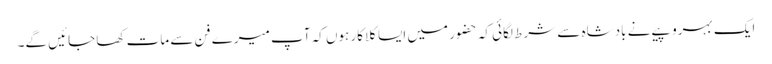
ایک بہروپیے نے بادشاہ سے شرط لگائی کہ حضور میں ایسا کلاکار ہوں کہ آپ میرے فن سے مات کھا جائیں گے۔